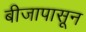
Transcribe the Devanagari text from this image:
बीजापासून